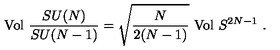
\mathrm { V o l } \ \frac { S U ( N ) } { S U ( N - 1 ) } = \sqrt { \frac { N } { 2 ( N - 1 ) } } \ \mathrm { V o l } \ S ^ { 2 N - 1 } \ .